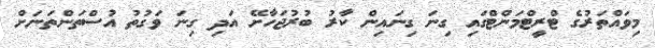
މިވައްތަރުގެ ޓްރީޓްމަންޓްގައި ގިނަ ގިނައިން ކާރު ބުރުޖަހާށޭ އަދި ގިނަ ވަގުތު އުސްތަންތަނަށް